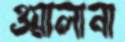
ওয়ালানা